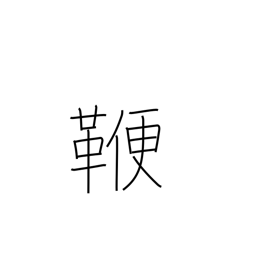
Meaning: rod